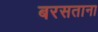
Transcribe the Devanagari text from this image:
बरसताना